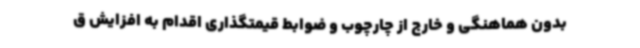
بدون هماهنگی و خارج از چارچوب و ضوابط قیمتگذاری اقدام به افزایش ق